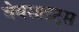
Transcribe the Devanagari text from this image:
वेबसाइट्‌स